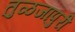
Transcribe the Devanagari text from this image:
तुळजापुरी